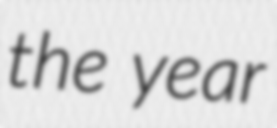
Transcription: the year